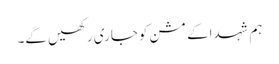
ہم شہداکے مشن کوجاری رکھیں گے۔